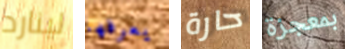
لينارد يعرفها حارة بمعجزة